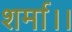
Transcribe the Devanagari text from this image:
शर्मा।।